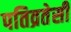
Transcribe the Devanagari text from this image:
पतिव्रतेसी